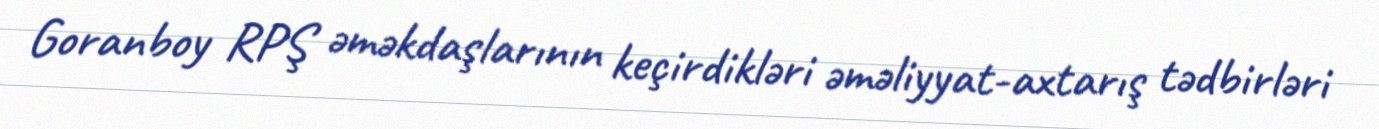
Goranboy RPŞ əməkdaşlarının keçirdikləri əməliyyat-axtarış tədbirləri